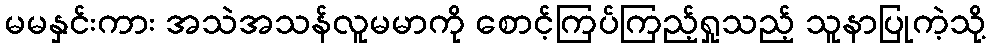
မမနှင်းကား အသဲအသန်လူမမာကို စောင့်ကြပ်ကြည့်ရှုသည့် သူနာပြုကဲ့သို့